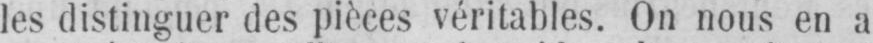
les distinguer des pièces véritables. On nous en a